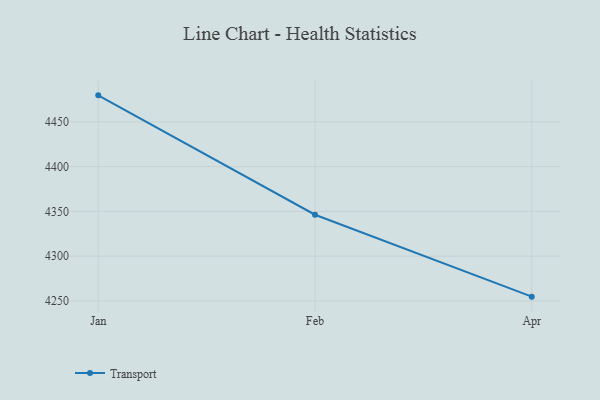
{"axis": {"x": "Month", "y": "Gross Profit (USD K)"}, "legend": ["Transport"], "data": [{"x": "Jan", "y": 4479.6, "type": "Transport"}, {"x": "Feb", "y": 4346.3, "type": "Transport"}, {"x": "Apr", "y": 4254.8, "type": "Transport"}]}